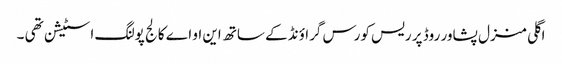
اگلی منزل پشاور روڈ پر ریس کورس گراؤنڈ کے ساتھ این او اے کالج پولنگ اسٹیشن تھی ۔